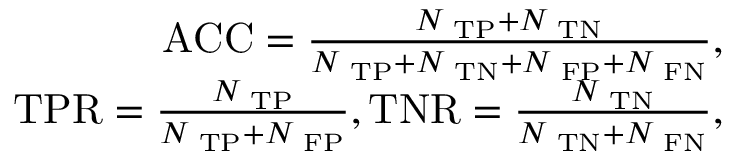
\begin{array} { r } { \mathrm { A C C } = \frac { N _ { \mathrm { \scriptsize ~ T P } } + N _ { \mathrm { \scriptsize ~ T N } } } { N _ { \mathrm { \scriptsize ~ T P } } + N _ { \mathrm { \scriptsize ~ T N } } + N _ { \mathrm { \scriptsize ~ F P } } + N _ { \mathrm { \scriptsize ~ F N } } } , } \\ { \mathrm { T P R } = \frac { N _ { \mathrm { \scriptsize ~ T P } } } { N _ { \mathrm { \scriptsize ~ T P } } + N _ { \mathrm { \scriptsize ~ F P } } } , \mathrm { T N R } = \frac { N _ { \mathrm { \scriptsize ~ T N } } } { N _ { \mathrm { \scriptsize ~ T N } } + N _ { \mathrm { \scriptsize ~ F N } } } , } \end{array}